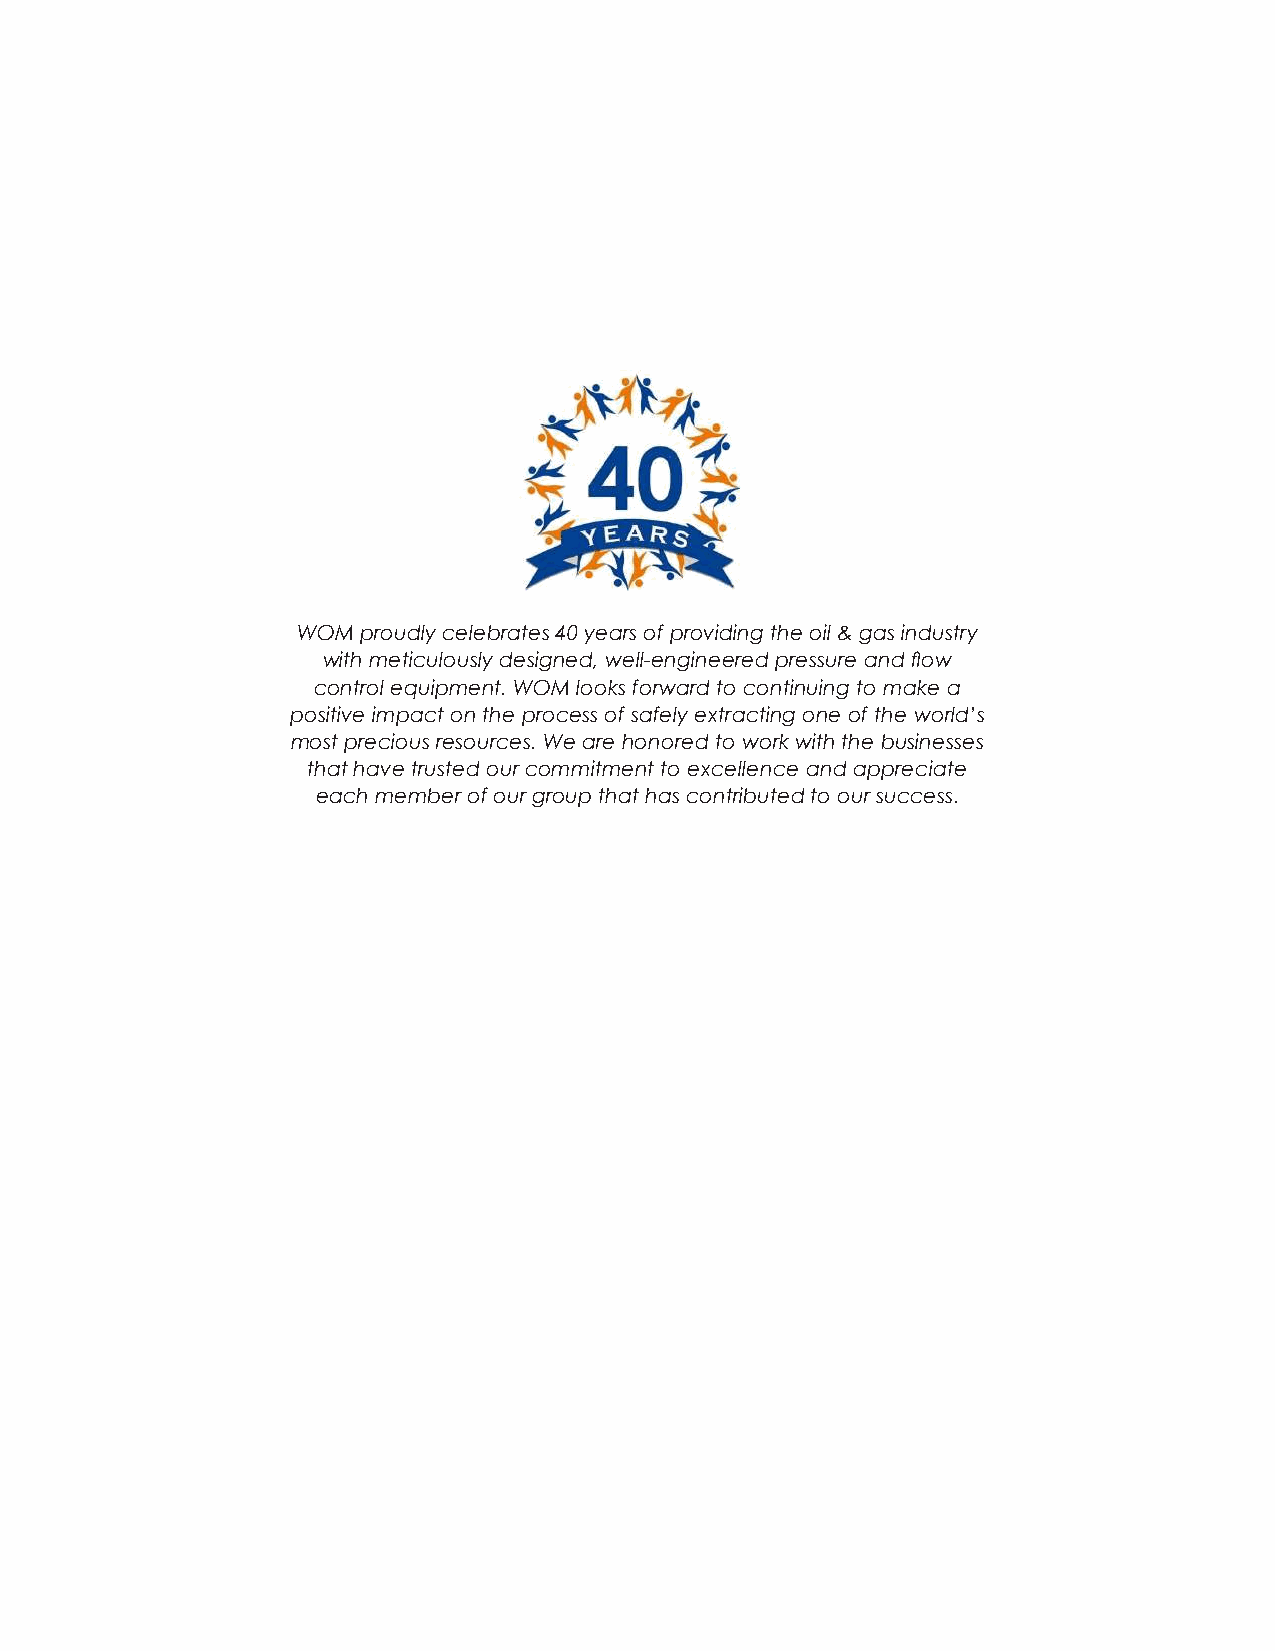
WOM proudly celebrates 40 years of providing the oil & gas industry
 with meticulously designed, well-engineered pressure and flow
 control equipment. WOM looks forward to continuing to make a
 positive impact on the process of safely extracting one of the world’s
 most precious resources. We are honored to work with the businesses
 that have trusted our commitment to excellence and appreciate
 each member of our group that has contributed to our success.